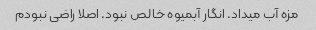
مزه آب میداد. انگار آبمیوه خالص نبود. اصلا راضی نبودم